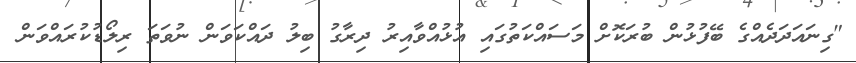
"ގިނައަދަދެއްގެ ބޭފުޅުން ބުރަކޮށް މަސައްކަތުގައި އުޅުއްވާއިރު ދިރާގު ބިލު ދައްކަވަން ނުވަތަ ރިލޯޑުކުރައްވަން